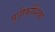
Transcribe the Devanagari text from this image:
पुत्रीकोशिका